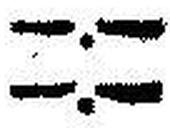
—.—